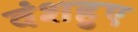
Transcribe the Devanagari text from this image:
वंशहुए